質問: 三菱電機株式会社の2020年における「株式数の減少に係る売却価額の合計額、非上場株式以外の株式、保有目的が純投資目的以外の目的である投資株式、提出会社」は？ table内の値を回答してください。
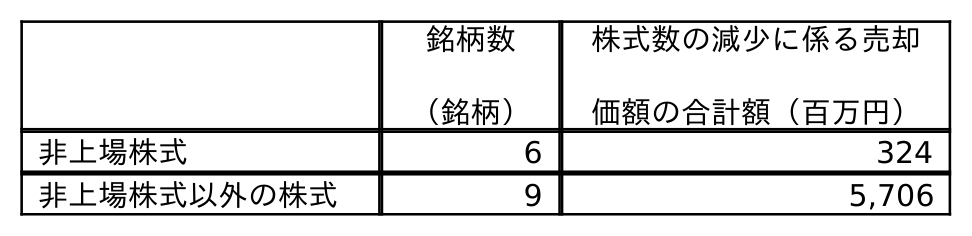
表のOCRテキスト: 銘柄数 （銘柄） 株式数の減少に係る売却 価額の合計額（百万円） 非上場株式 6 324 非上場株式以外の株式 9 5,706
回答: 5,706